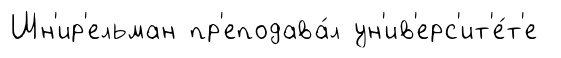
Шн'ир'ельман пр'еподава́л ун'ив'ерс'ит'е́т'е